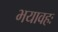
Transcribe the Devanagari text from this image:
भयावहः